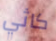
كاثي